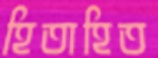
হিতাহিত